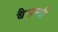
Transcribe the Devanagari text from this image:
बैसन्त्री